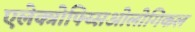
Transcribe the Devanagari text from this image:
एलेक्त्रोफ्य्सिओलोगिकल